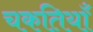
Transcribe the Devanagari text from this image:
चकतियाँ